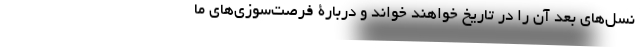
نسل‌های بعد آن را در تاریخ خواهند خواند و دربارۀ فرصت‌سوزی‌های ما